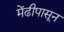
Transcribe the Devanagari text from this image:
मेंढीपासून